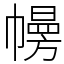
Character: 㡢